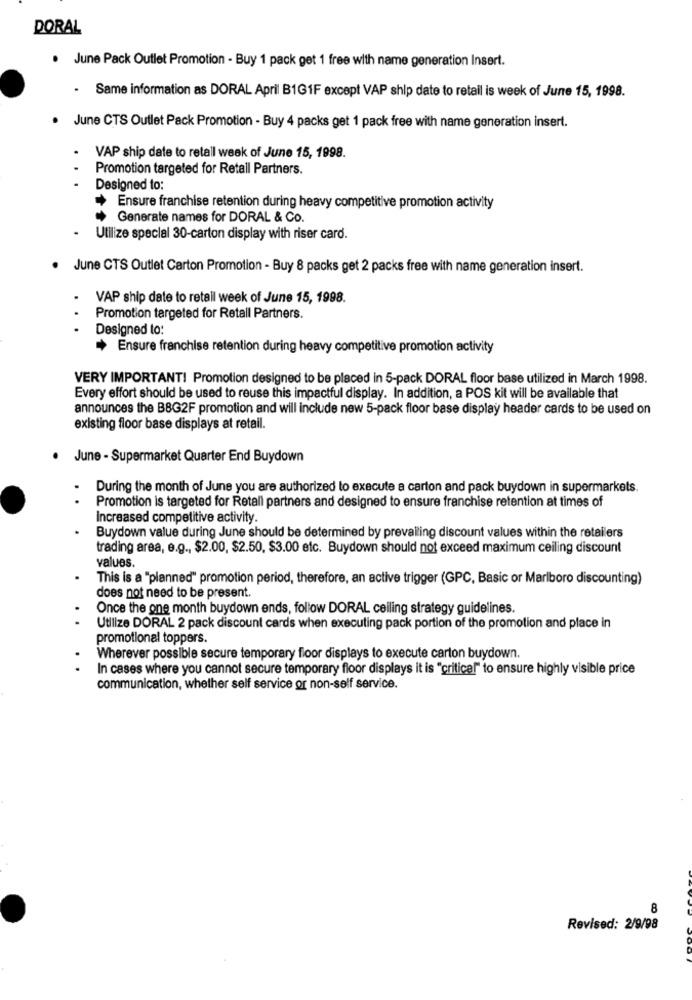
DORAL
. June Pack Outlet Promotion - Buy 1 pack get 1 free with name generation Insert.
.
Same information as DORAL April B1G1F except VAP ship date to retail is week of June 15, 1998.
· June CTS Outlet Pack Promotion - Buy 4 packs get 1 pack free with name generation insert.
VAP ship date to retall week of June 15, 1998.
Promotion targeted for Retall Partners.
...
Designed to:
Ensure franchise retention during heavy competitive promotion activity
Generate names for DORAL & Co.
Utilize special 30-carton display with riser card.
· June CTS Outlet Carton Promotion - Buy 8 packs get 2 packs free with name generation insert.
VAP ship date to retail week of June 15, 1998.
..
Promotion targeted for Retall Partners.
Designed to:
Ensure franchise retention during heavy competitive promotion activity
VERY IMPORTANT! Promotion designed to be placed in 5-pack DORAL floor base utilized in March 1998.
Every effort should be used to reuse this impactful display. In addition, a POS kit will be available that
announces the B8G2F promotion and will include new 5-pack floor base display header cards to be used on
existing floor base displays at retail.
. June - Supermarket Quarter End Buydown
During the month of June you are authorized to execute a carton and pack buydown in supermarkets.
.
Promotion is targeted for Retall partners and designed to ensure franchise retention at times of
Increased competitive activity.
Buydown value during June should be determined by prevailing discount values within the retailers
trading area, e.g ., $2.00, $2.50, $3.00 etc. Buydown should not exceed maximum ceiling discount
values.
This is a "planned" promotion period, therefore, an active trigger (GPC, Basic or Marlboro discounting)
does not need to be present.
Once the one month buydown ends, follow DORAL celling strategy guidelines.
Utilize DORAL 2 pack discount cards when executing pack portion of the promotion and place in
promotional toppers.
Wherever possible secure temporary floor displays to execute carton buydown.
In cases where you cannot secure temporary floor displays it is "critical" to ensure highly visible price
communication, whether self service or non-self service.
8
Revised: 2/9/98